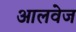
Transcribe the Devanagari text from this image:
आलवेज